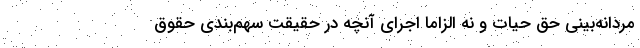
مردانه‌بینیِ حقِ حیات و نه الزاماً اجرای آنچه در حقیقت سهم‌بندی حقوق